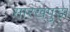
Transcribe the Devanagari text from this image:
सारखपुडा